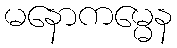
မနောကမ္မေန